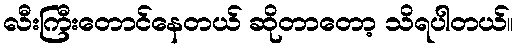
လီးကြီးတောင်နေတယ် ဆိုတာတော့ သိရပါတယ်။